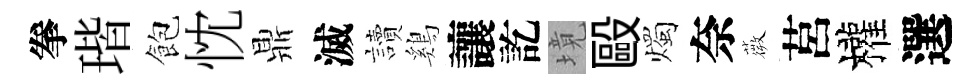
拳瑎飽忱鼎滅讀鷄讓訖境毆燭奈薇莒權選